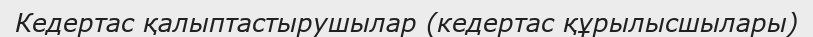
Кедертас қалыптастырушылар (кедертас құрылысшылары)